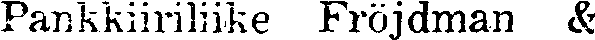
Pankkiiriliike Fröjdman &